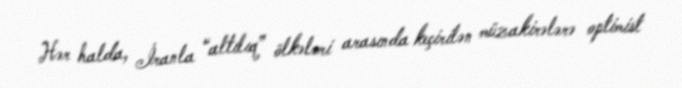
Hər halda, İranla “altılıq” ölkələri arasında keçirilən müzakirələrə optimist